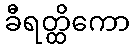
ခီရတ္ထိကော